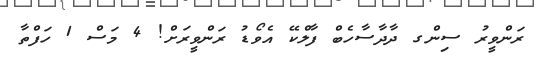
ރަންވީރު ސިންގ ދާދާސާހެބް ފާލްކޭ އެވޯޑު ރަންވީރަށް! 4 މަސް 1 ހަފްތާ